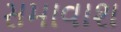
સમાવાશ